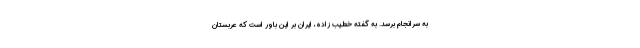
به سرانجام برسد. به گفته خطیب زاده، ایران بر این باور است که عربستان